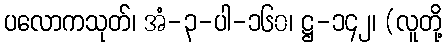
ပလောကသုတ်၊ အံ-၃-ပါ-၁၆၀၊ ဋ္ဌ-၁၄၂၊ (လူတို့